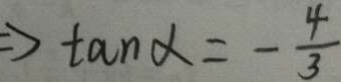
\Rightarrow \tan \alpha = - \frac { 4 } { 3 }